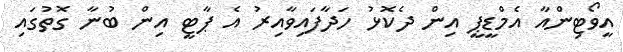
އީވޯޓިންއާ އެމްޑީޕީ އިން ދެކޮޅު ހަދާފައިވާއިރު އެ ޕާޓީ އިން ބުނާ ގޮތުގައި